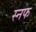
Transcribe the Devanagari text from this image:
स्नफ